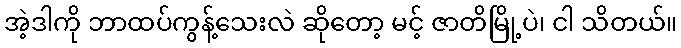
အဲ့ဒါကို ဘာထပ်ကွန့်သေးလဲ ဆိုတော့ မင့် ဇာတိမြို့ပဲ၊ ငါ သိတယ်။